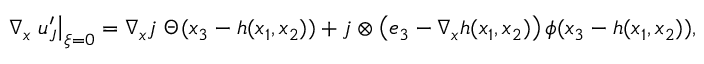
\nabla _ { \boldsymbol { x } } \left. \boldsymbol { u } _ { J } ^ { \prime } \right| _ { \boldsymbol { \xi } = 0 } = \nabla _ { \boldsymbol { x } } \boldsymbol { j } \ \Theta ( x _ { 3 } - h ( x _ { 1 } , x _ { 2 } ) ) + \boldsymbol { j } \otimes \left( \boldsymbol { e } _ { 3 } - \nabla _ { \boldsymbol { x } } h ( x _ { 1 } , x _ { 2 } ) \right) \phi ( x _ { 3 } - h ( x _ { 1 } , x _ { 2 } ) ) ,